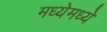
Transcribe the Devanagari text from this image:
मध्येमध्ये